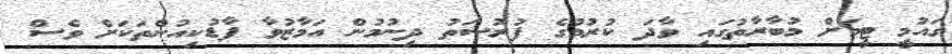
ގައުމީ ޓީމަށް މުބާރާތުގައި ވާދަ ކުރުމުގެ ފުރުސަތު ދިނުމުން އަމާޒުވާ ފާޑުކިއުންތަކަށް ވެސް